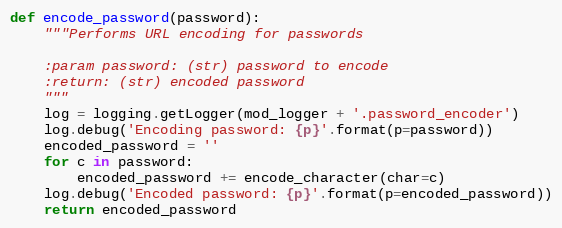
Language: Python
def encode_password(password):
    """Performs URL encoding for passwords

    :param password: (str) password to encode
    :return: (str) encoded password
    """
    log = logging.getLogger(mod_logger + '.password_encoder')
    log.debug('Encoding password: {p}'.format(p=password))
    encoded_password = ''
    for c in password:
        encoded_password += encode_character(char=c)
    log.debug('Encoded password: {p}'.format(p=encoded_password))
    return encoded_password